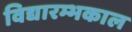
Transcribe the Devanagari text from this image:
विद्यारम्भकाल